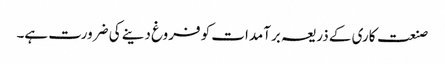
صنعت کاری کے ذریعہ برآمدات کو فروغ دینے کی ضرورت ہے۔